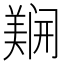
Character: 𲉇